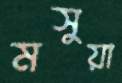
মসুয়া